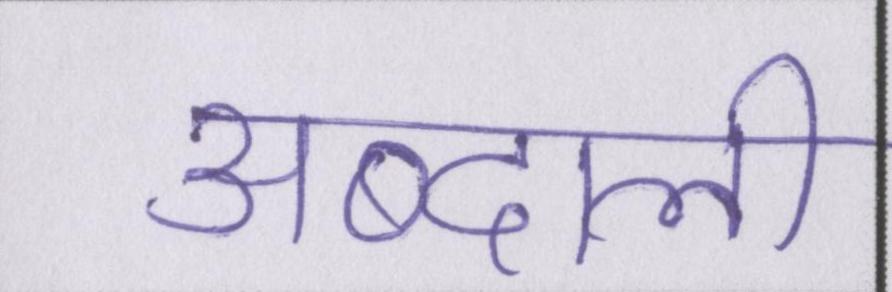
अब्दाली